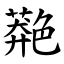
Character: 䒎